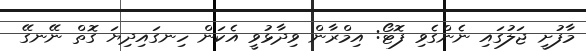
މާފުށީ ޖަލުގައި ނެންގެވި ފޮޓޯ: އިމްރާން ވިދާޅުވީ އެކަން ހިނގައިދިޔަ ގޮތް ނޭނގޭ